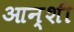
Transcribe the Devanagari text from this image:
आन्शी